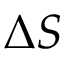
\Delta S